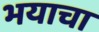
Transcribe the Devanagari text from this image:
भयाचा